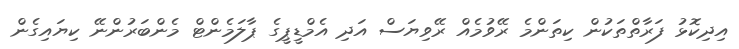
އިދިކޮޅު ފަރާތްތަކުން ކިތަންމެ ރޭވުމެއް ރޭވިޔަސް އަދި އެމްޑީޕީގެ ޕާލަމެންޓް މެންބަރުންނޭ ކިޔައިގެން